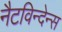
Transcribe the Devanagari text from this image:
नैटविन्देन्स